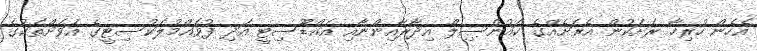
އެހެން ހުރިހާ ރަށަކުން އެރަށެއްގެ ކައުންސިލް އިދާރާއިންނާއި އައްޑޫސިޓީ އަދި ފުވައްމުލަކުސިޓީގެ އަވަށްތަކުގެ